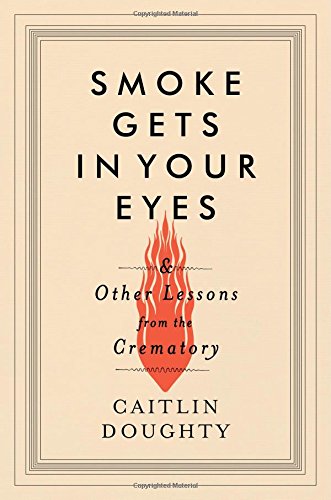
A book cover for Smoke Gets in Your Eyes: And Other Lessons from the Crematory; Caitlin Doughty; Self-Help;